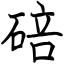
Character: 碚